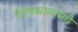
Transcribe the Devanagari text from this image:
शिवकालामधे